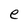
Character: e